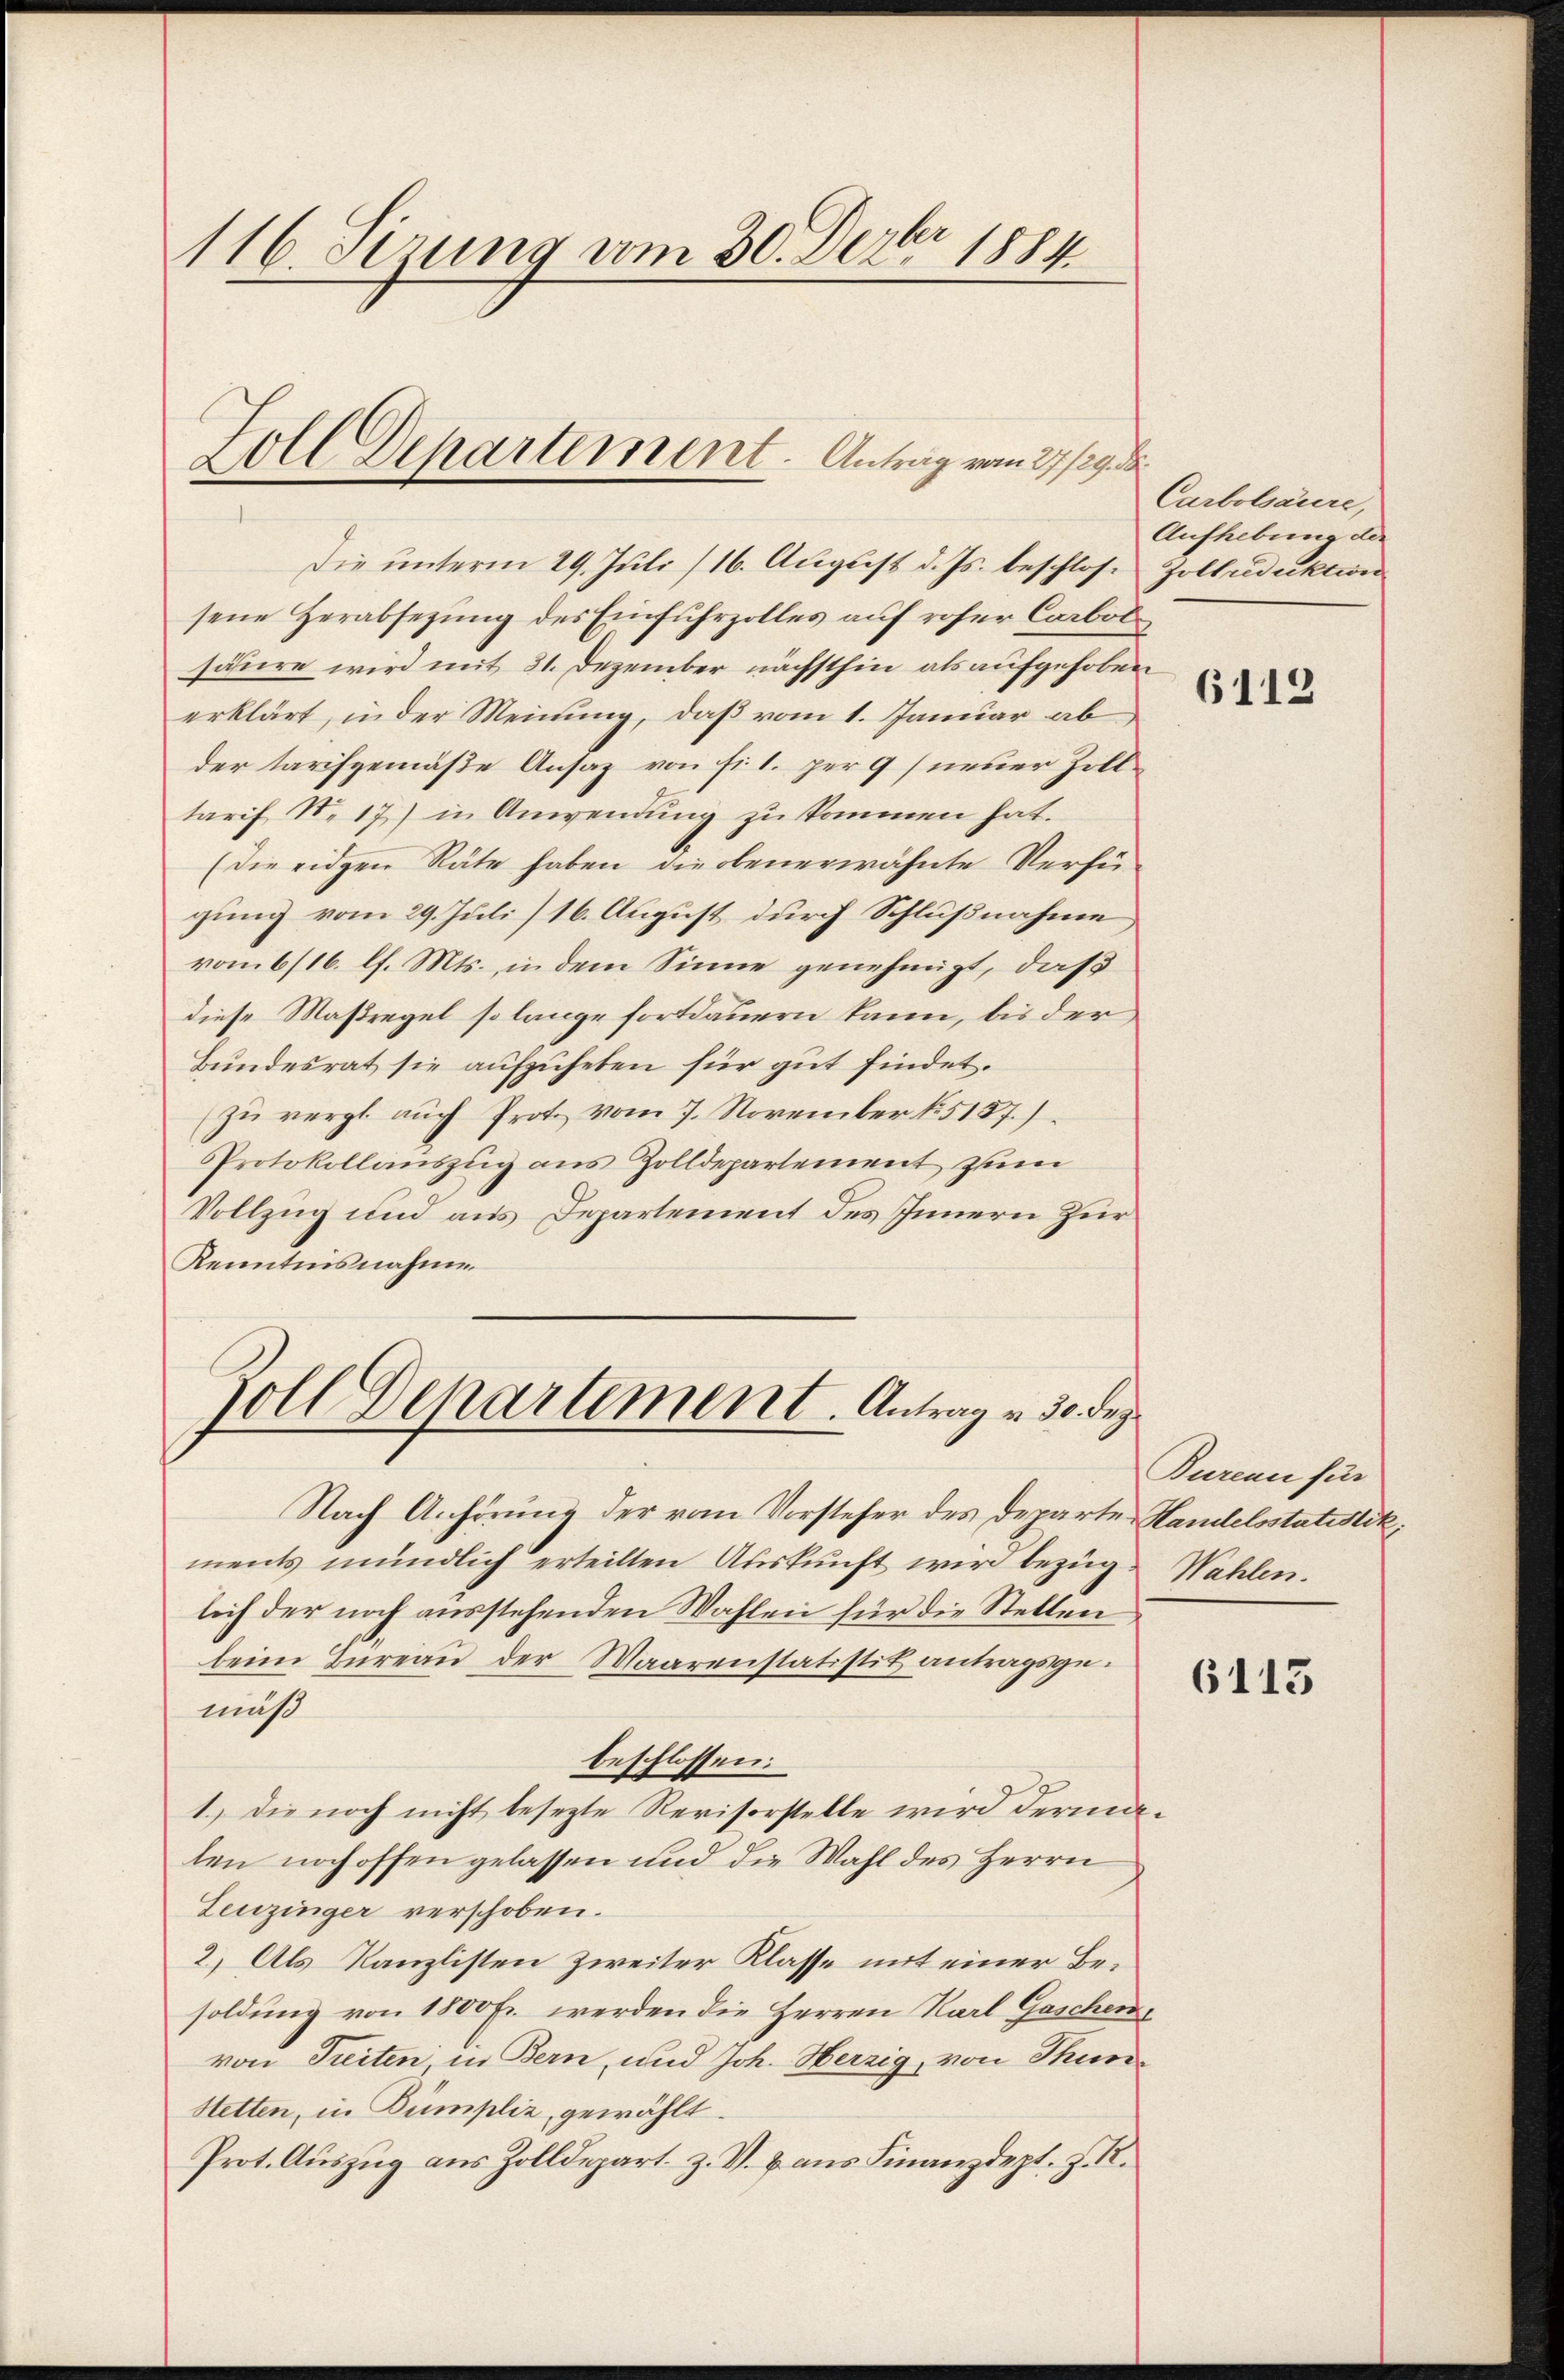
116. Ferung vom 30. Dezbr 1884

Zoll Departement. Antrag vom 27./29. d.

Die unterm 29. Juli /16. August d. Js. beschlossene Herabsetzung des Einfuhrzolles auf roser Carbot
säure wird mit 31. Dezember nächsthin als aufgehoben
erklärt, in der Meinung, daß vom 1. Januar ab
der tarifgemäße Ansaz von fr. 1. per 9 neuer Zilltarif N. 17) in Anwendung zu kommen hat.
(die eidgen Räte haben die obenerwähnte Verfü-
gung vom 29. Juli/16. August durch Schlußnahme
vom 6/16. l. Mts. in dem Sinne genehmigt, daß
diese Maßregel so lange fortdauern kann, bis der
Bundesrat sie aufzuheben für gut findet.
zu vergl. auch Proto vom 7. November N. 5157.)
Protokollauszug aus Zolldepartement zum
Vollzug und aus Departement des Innern Zür
Kenntnisnahme

oll Departement. Antrag v. 30. Dez

Nach Anhörung der vom Vorsteher des Departe Handelsstatistik,
ments mündlich erteilten Auskunft wir bezüge Wahlen.
lich der noch ausstehenden Wahlen für die Stellen
beim Büreaŭ der Waarenstatistit antragsgemuß
beschlossen:
1.) Die noch nicht besezte Revisorstelle wird dermalen noch offen gelassen und die Wahl des Herrn
Leuzinger verschoben.
2) Als Kanzlisten zweiter Klasse mit einer Besoldung von 1800 Fr. werden die Herren Karl Gaschenvon Treiten, in Bern, und Joh. Herzig, von Thun¬
Stetten, in Bumpliz gewählt.
Prot. Auszug aus Zolldepart z. V. & aus Finanzdept. J. R.

Carbolsaure,
Aufhebung der
Zoltredaktion

6112

Bureau für

6113